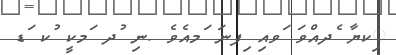
ިކޔާ ެދއްވަ ަވއި ިފނަ ަމއެވެ .ނި ުދ ަމކީ ުކ ަޑ